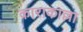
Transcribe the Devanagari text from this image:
काराकाल्ला